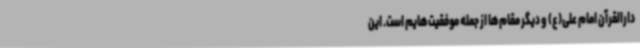
دارالقرآن امام علی(ع) و دیگر مقام‌ها از جمله موفقیت‌هایم است. این